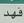
فهد